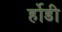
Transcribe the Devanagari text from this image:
र्होडी